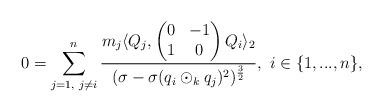
LaTeX: \begin{align*} 0=\sum\limits_{j=1,\textrm{ }j\neq i}^{n}\frac{m_{j}\langle Q_{j},\begin{pmatrix} 0 & -1 \\ 1 & 0 \end{pmatrix}Q_{i}\rangle_{2}}{(\sigma-\sigma(q_{i}\odot_{k}q_{j})^{2})^{\frac{3}{2}}},\textrm{ }i\in\{1,...,n\}, \end{align*}